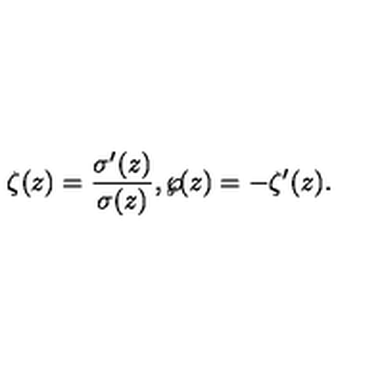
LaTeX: \zeta ( z ) = { \frac { \sigma ^ { \prime } ( z ) } { \sigma ( z ) } } , \wp \! ( z ) = - \zeta ^ { \prime } ( z ) .